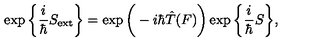
\exp \bigg \{ \frac { i } { \hbar } S _ { \mathrm { e x t } } \bigg \} = \exp \bigg ( - i \hbar \hat { T } ( F ) \bigg ) \exp \bigg \{ \frac { i } { \hbar } S \bigg \} ,